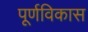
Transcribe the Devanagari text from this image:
पूर्णविकास